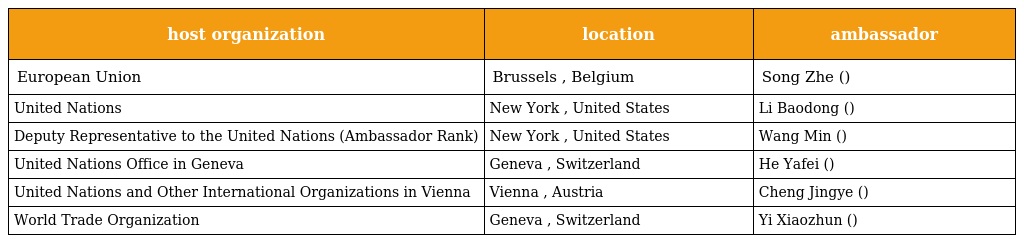
| host organization | location | ambassador |
 | --- | --- | --- |
 | European Union | Brussels , Belgium | Song Zhe (宋哲) |
 | United Nations | New York , United States | Li Baodong (李保东) |
 | Deputy Representative to the United Nations (Ambassador Rank) | New York , United States | Wang Min (王民) |
 | United Nations Office in Geneva | Geneva , Switzerland | He Yafei (何亚非) |
 | United Nations and Other International Organizations in Vienna | Vienna , Austria | Cheng Jingye (成竞业) |
 | World Trade Organization | Geneva , Switzerland | Yi Xiaozhun (易小准) |